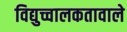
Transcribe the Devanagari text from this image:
विद्युच्चालकतावाले